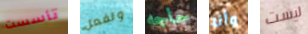
تأسست وتفعل حاجه وأنا ليست